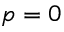
p = 0